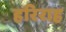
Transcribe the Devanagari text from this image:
हरिराह